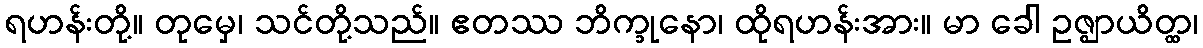
ရဟန်းတို့။ တုမှေ၊ သင်တို့သည်။ ဧတဿ ဘိက္ခုနော၊ ထိုရဟန်းအား။ မာ ခေါ ဥဇ္ဈာယိတ္ထ၊